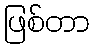
ဖြစ်တာ